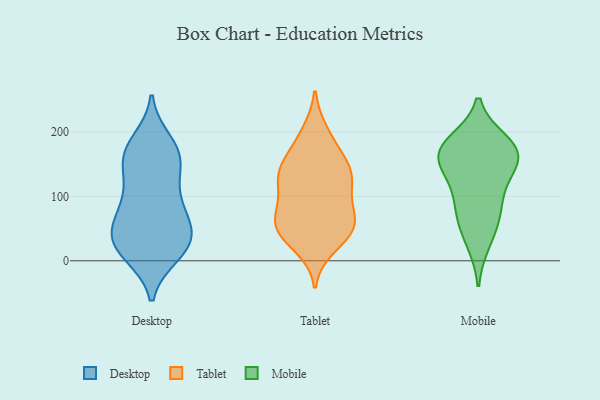
{"axis": {"x": "Latency (ms)", "y": "Value"}, "legend": ["Desktop", "Mobile", "Tablet"], "data": [{"x": "", "y": 10, "type": "Desktop"}, {"x": "", "y": 158, "type": "Desktop"}, {"x": "", "y": 146, "type": "Desktop"}, {"x": "", "y": 100, "type": "Desktop"}, {"x": "", "y": 21, "type": "Desktop"}, {"x": "", "y": 35, "type": "Desktop"}, {"x": "", "y": 83, "type": "Desktop"}, {"x": "", "y": 11, "type": "Desktop"}, {"x": "", "y": 22, "type": "Desktop"}, {"x": "", "y": 169, "type": "Desktop"}, {"x": "", "y": 33, "type": "Desktop"}, {"x": "", "y": 65, "type": "Desktop"}, {"x": "", "y": 96, "type": "Desktop"}, {"x": "", "y": 32, "type": "Desktop"}, {"x": "", "y": 59, "type": "Desktop"}, {"x": "", "y": 131, "type": "Desktop"}, {"x": "", "y": 167, "type": "Desktop"}, {"x": "", "y": 55, "type": "Desktop"}, {"x": "", "y": 185, "type": "Desktop"}, {"x": "", "y": 171, "type": "Desktop"}, {"x": "", "y": 46, "type": "Tablet"}, {"x": "", "y": 135, "type": "Tablet"}, {"x": "", "y": 125, "type": "Tablet"}, {"x": "", "y": 111, "type": "Tablet"}, {"x": "", "y": 131, "type": "Tablet"}, {"x": "", "y": 57, "type": "Tablet"}, {"x": "", "y": 38, "type": "Tablet"}, {"x": "", "y": 137, "type": "Tablet"}, {"x": "", "y": 62, "type": "Tablet"}, {"x": "", "y": 148, "type": "Tablet"}, {"x": "", "y": 50, "type": "Tablet"}, {"x": "", "y": 199, "type": "Tablet"}, {"x": "", "y": 91, "type": "Tablet"}, {"x": "", "y": 58, "type": "Tablet"}, {"x": "", "y": 158, "type": "Tablet"}, {"x": "", "y": 22, "type": "Tablet"}, {"x": "", "y": 189, "type": "Tablet"}, {"x": "", "y": 76, "type": "Tablet"}, {"x": "", "y": 168, "type": "Mobile"}, {"x": "", "y": 176, "type": "Mobile"}, {"x": "", "y": 60, "type": "Mobile"}, {"x": "", "y": 152, "type": "Mobile"}, {"x": "", "y": 30, "type": "Mobile"}, {"x": "", "y": 166, "type": "Mobile"}, {"x": "", "y": 96, "type": "Mobile"}, {"x": "", "y": 128, "type": "Mobile"}, {"x": "", "y": 183, "type": "Mobile"}, {"x": "", "y": 163, "type": "Mobile"}, {"x": "", "y": 80, "type": "Mobile"}]}